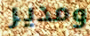
ومدير